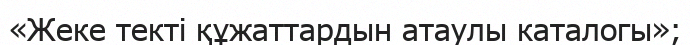
«Жеке текті құжаттардын атаулы каталогы»;